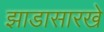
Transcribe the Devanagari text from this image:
झाडासारखे